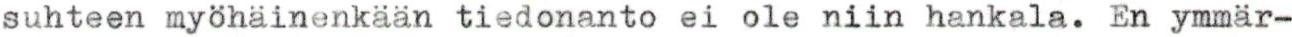
suhteen myöhäinenkään tiedonanto ei ole niin hankala. En ymmär-